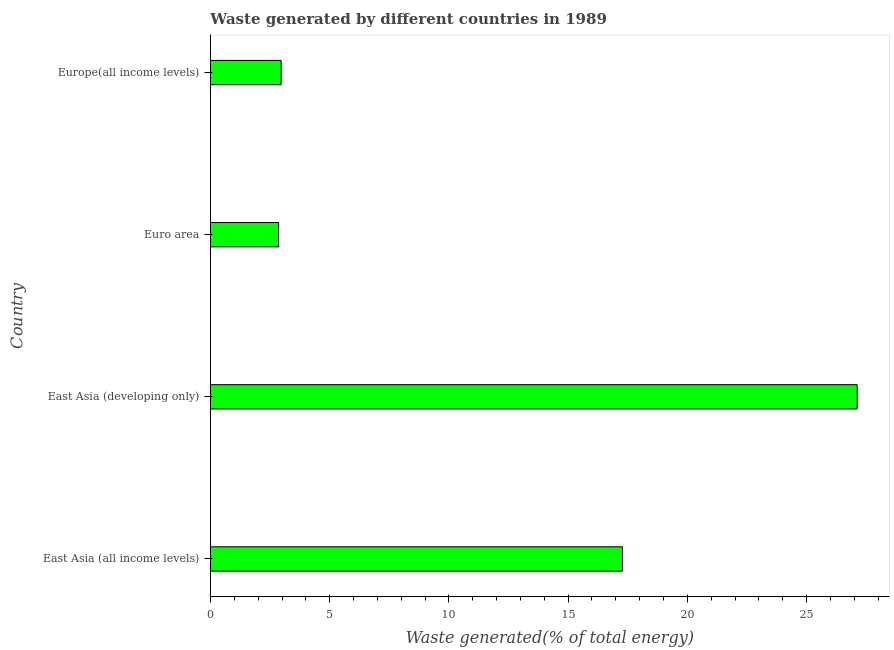
| Country | Combustible renewables and waste (% of total energy) |
 | --- | --- |
 | East Asia (all income levels) | 17.3 |
 | East Asia (developing only) | 27.1 |
 | Euro area | 2.86 |
 | Europe(all income levels) | 2.96 |